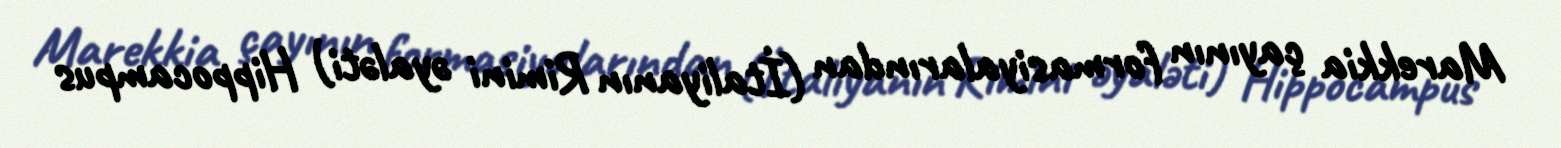
Marekkia çayının formasiyalarından (İtaliyanın Rimini əyaləti) Hippocampus